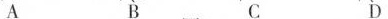
A B C D